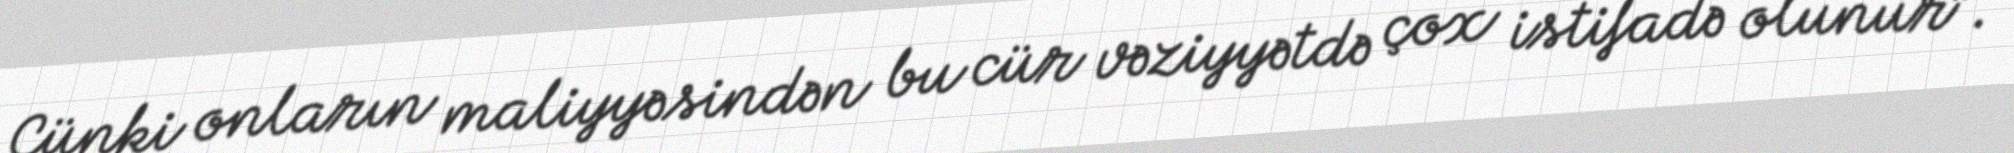
Çünki onların maliyyəsindən bu cür vəziyyətdə çox istifadə olunur”.